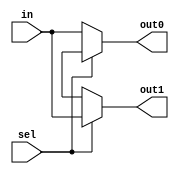
`timescale 1ns / 1ps
//////////////////////////////////////////////////////////////////////////////////
// Company: 
// Engineer: 
// 
// Design Name: 
// Module Name: demux
// Project Name: 
// Target Devices: 
// Tool Versions: 
// Description: 
// 
// Dependencies: 
// 
// Revision:
// Revision 0.01 - File Created
// Additional Comments:
// 
//////////////////////////////////////////////////////////////////////////////////


module demux(output reg [7:0] out0,out1,
             input sel,
             input [7:0] in);
             always @(*)
             case(sel)
             0: begin
                out0 = in;
                out1=8'bx;
                end
             1:begin 
               out1 = in;
               out0=8'bx;
               end
             endcase
endmodule